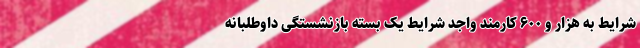
شرایط به هزار و ۶۰۰ کارمند واجد شرایط یک بسته بازنشستگی داوطلبانه